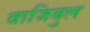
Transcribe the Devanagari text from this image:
वाजिबुल